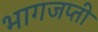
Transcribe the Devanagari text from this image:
भागजप्ती